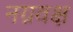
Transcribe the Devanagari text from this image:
नग्नवक्ष